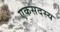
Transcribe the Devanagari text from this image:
एकसदस्य